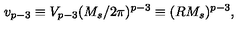
v _ { p - 3 } \equiv V _ { p - 3 } ( M _ { s } / 2 \pi ) ^ { p - 3 } \equiv ( R M _ { s } ) ^ { p - 3 } ,